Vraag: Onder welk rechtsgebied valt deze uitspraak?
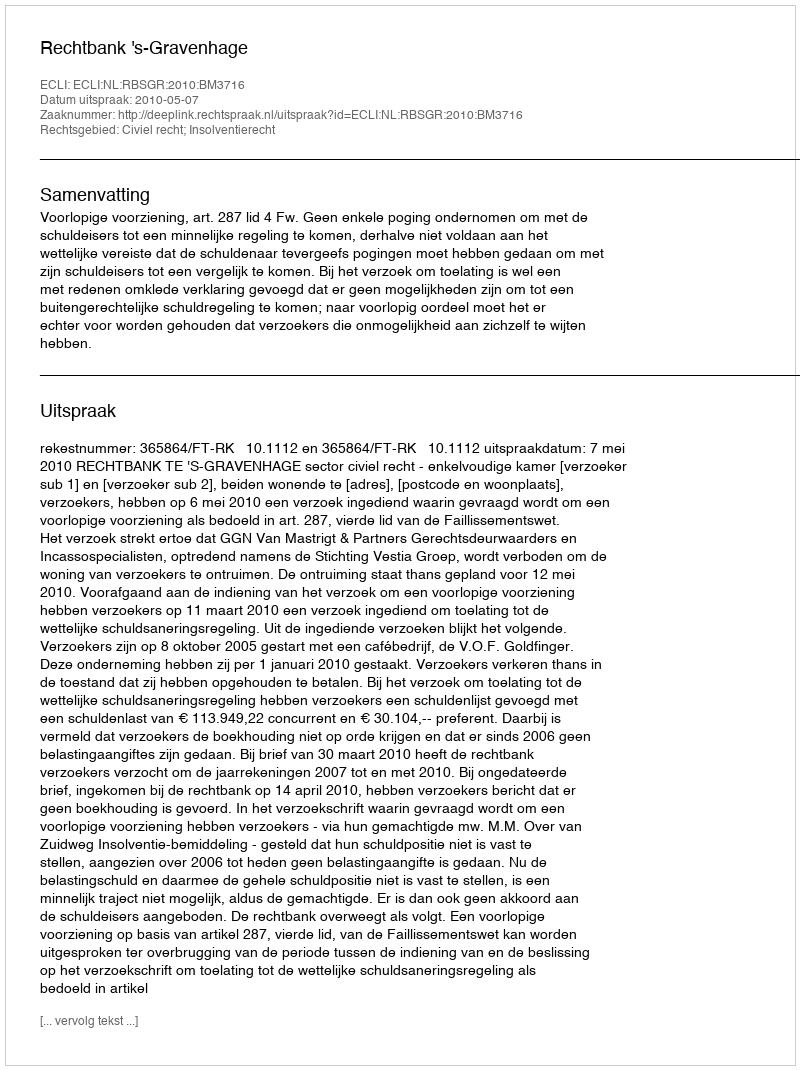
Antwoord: Civiel recht; Insolventierecht